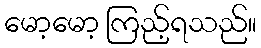
မော့မော့ ကြည့်ရသည်။